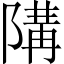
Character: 𱀪